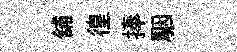
舖徨捧駰